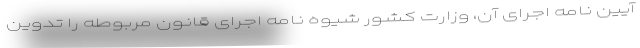
آیین نامه اجرای آن، وزارت کشور شیوه نامه اجرای قانون مربوطه را تدوین